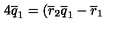
4 \overline { { q } } _ { 1 } = ( \overline { { r } } _ { 2 } \overline { { q } } _ { 1 } - \overline { { r } } _ { 1 }